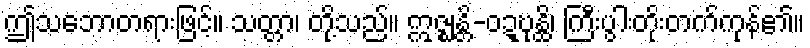
ဤသဘောတရားဖြင့်။ သတ္တာ၊ တို့သည်။ ဣဇ္ဈန္တိ-ဝဍ္ဎုန္ထိ၊ ကြီးပွါးတိုးတက်ကုန်၏။